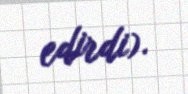
edirdi).